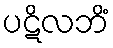
ပဋိလဘိံ